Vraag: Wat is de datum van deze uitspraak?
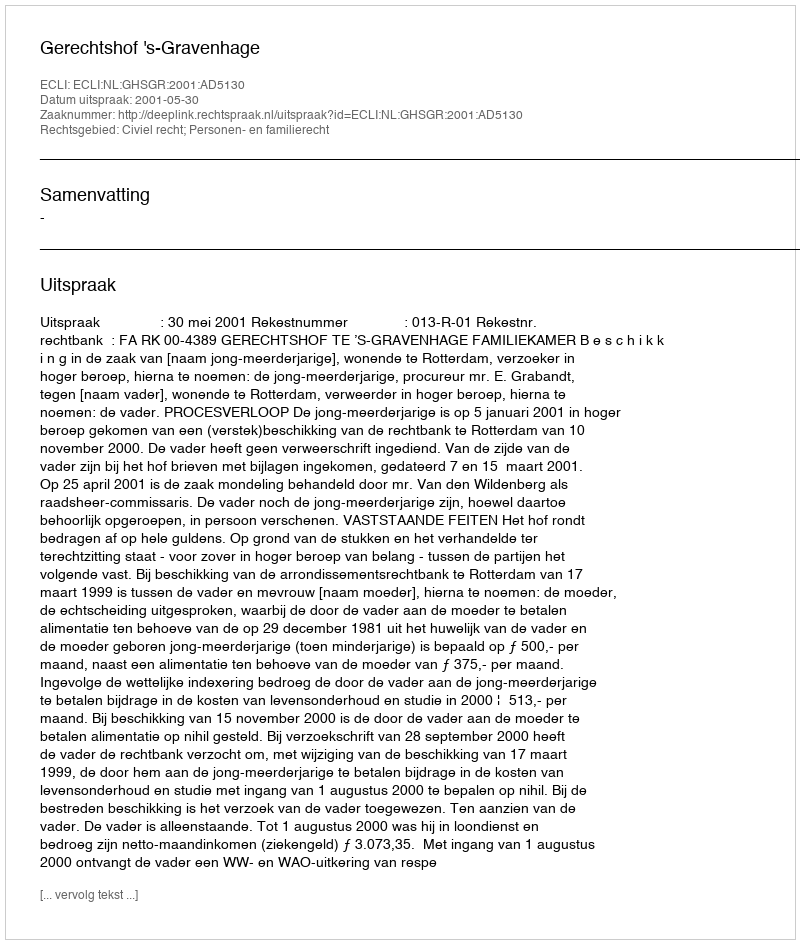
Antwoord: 2001-05-30